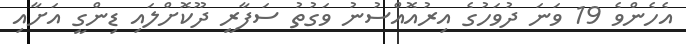
އެހެންވެ 19 ވަނަ ދުވަހުގެ އިރުއޮއްސުނު ވަގުތު ސަފާރީ ދޫކޮށްލައި ޑިންގީ އަށާއި